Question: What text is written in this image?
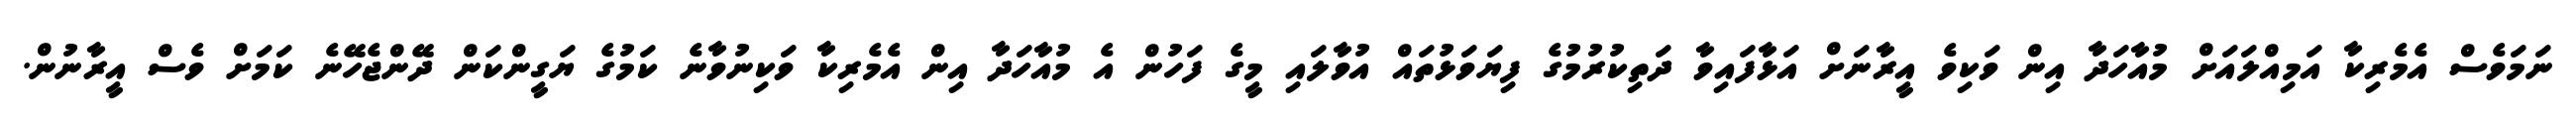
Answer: ނަމަވެސް އެމެރިކާ އަމިއްލައަށް މުއާހަދާ އިން ވަކިވެ އީރާނަށް އަޅާފައިވާ ދަތިކުރުމުގެ ފިޔަވަޅުތައް އުވާލައި މީގެ ފަހުން އެ މުއާހަދާ އިން އެމެރިކާ ވަކިނުވާނެ ކަމުގެ ޔަގީންކަން ދޭންޖެހޭނެ ކަމަށް ވެސް އީރާނުން.